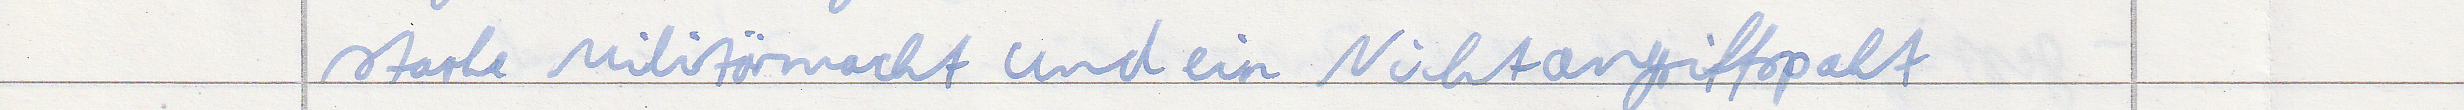
starke Militärmacht und ein Nichtangriffspakt